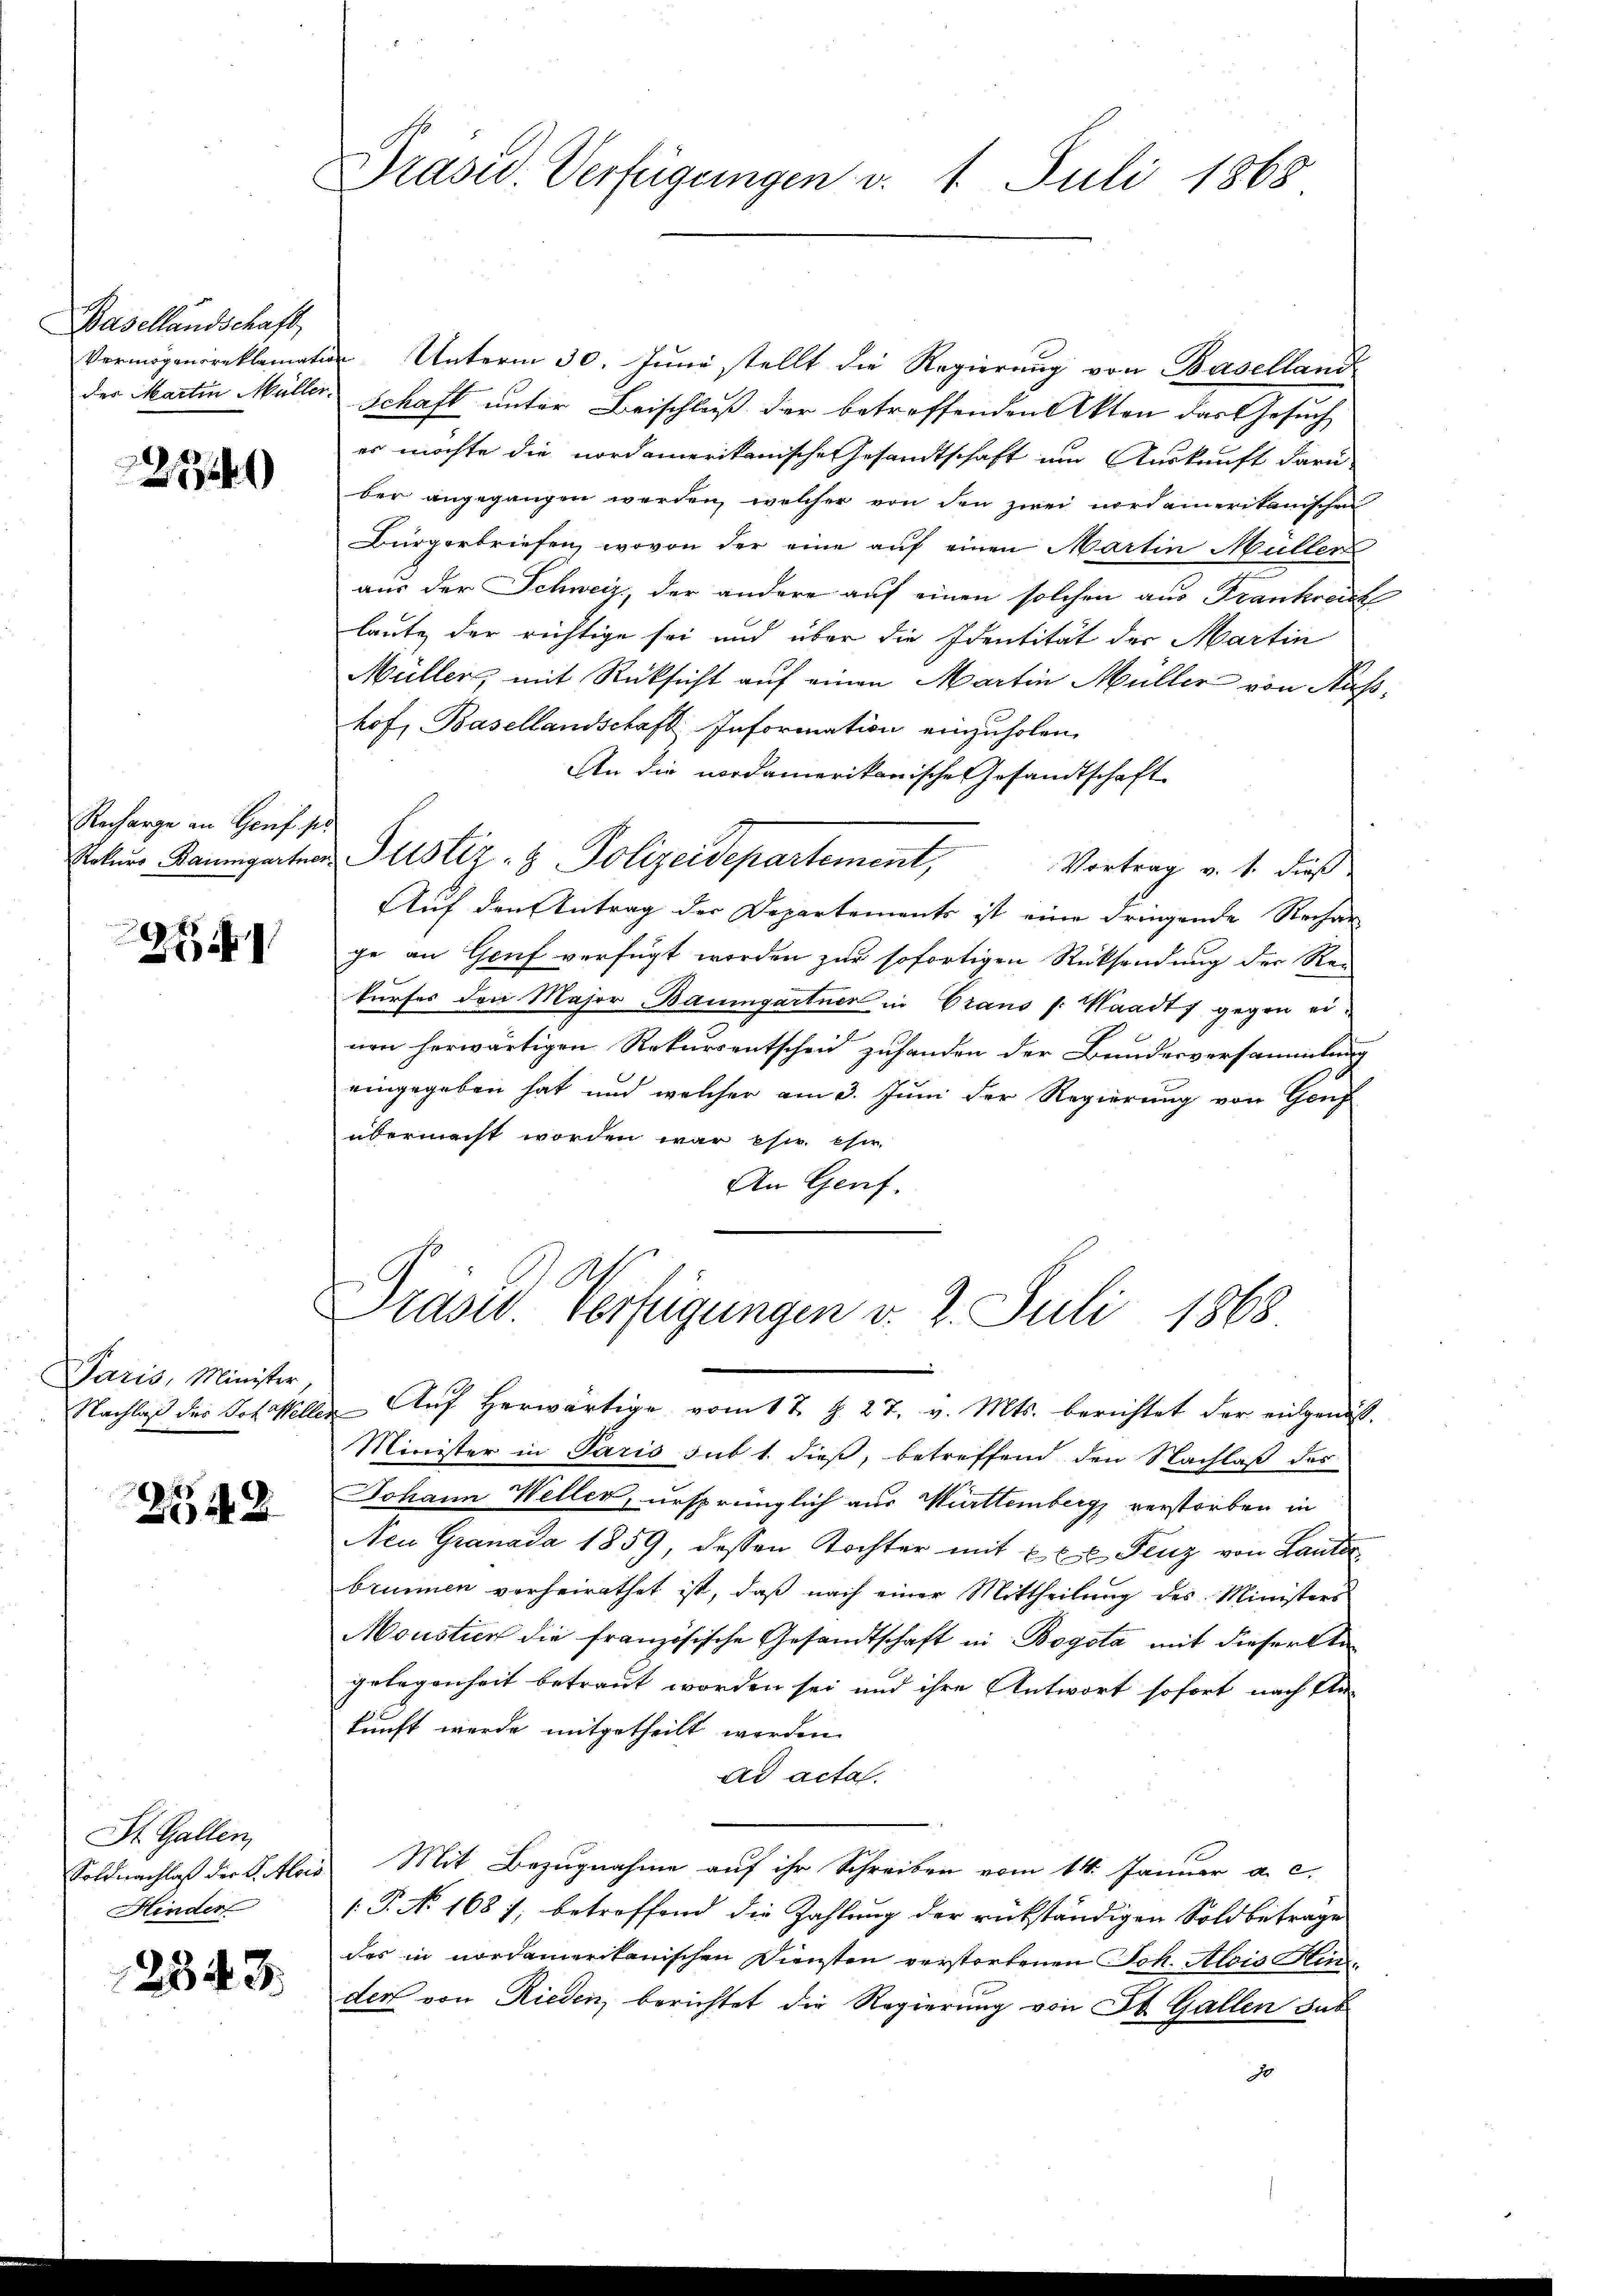
Basellandschaft,

254

Recharge an Genf se

Paris, Minister
Nachlaß des Joh. Melli

242

St. Gallen,
Hinder

2343.

Präsid. Verfügungen v. 1. Juli 1868

Vermögensreklamatior Unterm 30. Juni stellt die Regierung von Baselland
der Martin Müller Schaft unter Beischluß der betreffenden Akten das Gesuch
er möchte die nordamerikanische Gesandtschaft um Auskunft darü-
ber angegangen werden, welcher von den zwei nordamerikanischen
Bürgerbriefen, wovon der eine auf einen Martin Müller
aus der Schweiz, der andere auf einen solchen aus Frankreich
laute der richtige sei und über die Identität der Martin
Müller, mit Rücksicht auf einen Martin Müller von Aushof, Basellandschaft Information einzuholen.
An die nordamerikanische Gesandtschaft
Paters Baumgartner Justiz- & Polizeidepartement,
Vortrag v. 1. dieß
Auf den Antrag der Departements ist eine dringende Rechan
ce an Gruf verfügt worden zur sofortigen Rücksendung der Re-
kurfes den Major Baumgartner in Graus s: Waadt, gegen einen herwärtigen Rekursentscheid zuhanden der Bundesversammlung
eingegeben hat, und welcher am 3. Juni der Regierung von Genf
übermacht worden war es eher
An Genf
.
Drasid. Verfügungen v. 2. Juli 1868
de Auf herwärtige vom 17. §. 27. v. Mts. berichtet der eidgenöß¬
Minister in Paris sub 1. dieß, betreffend den Nachlaß des
Johann Weller, ursprünglich aus Württemberg verstorben in
Neu Granada 1859, dessen Tochter mit xxx Fenz von Laute
brunnen verheirathet ist, daβ nach einer Mittheilŭng des Ministers
Moustien die französische Gesandtschaft in Bogota mit dieser Stagelegenheit betraut worden sei und ihre Antwort sofort nach An-
kunft wurde mitgetheilt werden.
ad acta.
Soldnachlaß der I. Alois Mit Bezugnahme auf ihr Schreiben vom 14. Januar a. c.
[.P. No 1687, betreffend die Zahlung der rükständigen Soldbetrage
des in nordamerikanischen Diensten verstorbenen Joh. Alois Hinder von Rieden, berichtet die Regierung von St. Gallen sub
J